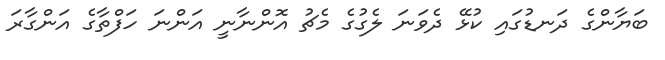
ބަޔާންގެ ދަނޑުގައި ކުޅޭ ދެވަނަ ލެގުގެ މެޗު އޮންނާނީ އަންނަ ހަފްތާގެ އަންގާރަ